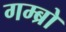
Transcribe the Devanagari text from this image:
गम्ब्रो